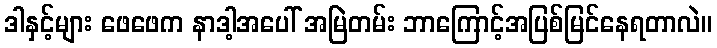
ဒါနှင့်များ ဖေဖေက နာဒါ့အပေါ် အမြဲတမ်း ဘာကြောင့်အပြစ်မြင်နေရတာလဲ။